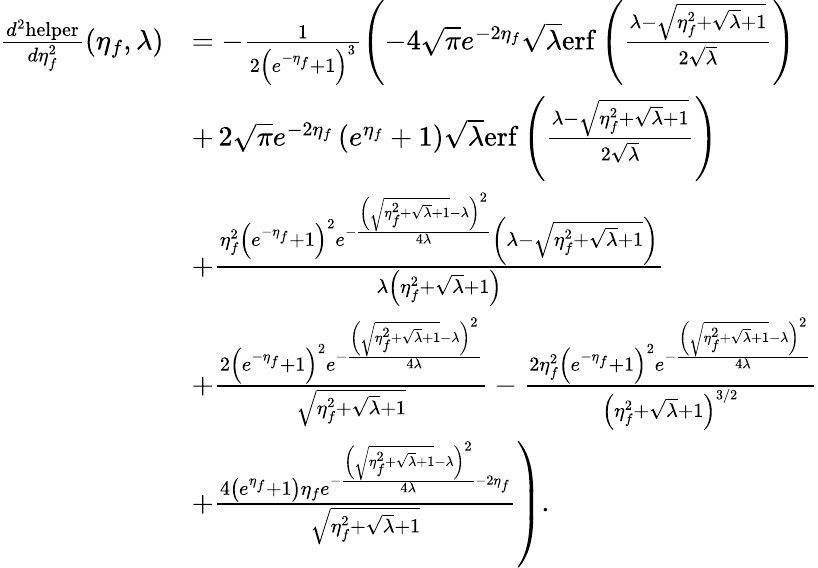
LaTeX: \begin{array}{rl}{\frac{d^{2}\mathrm{helper}}{d\eta_{f}^{2}}(\eta_{f},\lambda)}&{=-\frac{1}{2\left(e^{-\eta_{f}}+1\right)^{3}}\left(-4\sqrt{\pi}e^{-2\eta_{f}}\sqrt{\lambda}\mathrm{erf}\left(\frac{\lambda-\sqrt{\eta_{f}^{2}+\sqrt{\lambda}+1}}{2\sqrt{\lambda}}\right)\right.}\\ &{+\left.2\sqrt{\pi}e^{-2\eta_{f}}\left(e^{\eta_{f}}+1\right)\sqrt{\lambda}\mathrm{erf}\left(\frac{\lambda-\sqrt{\eta_{f}^{2}+\sqrt{\lambda}+1}}{2\sqrt{\lambda}}\right)\right.}\\ &{+\frac{\eta_{f}^{2}\left(e^{-\eta_{f}}+1\right)^{2}e^{-\frac{\left(\sqrt{\eta_{f}^{2}+\sqrt{\lambda}+1}-\lambda\right)^{2}}{4\lambda}}\left(\lambda-\sqrt{\eta_{f}^{2}+\sqrt{\lambda}+1}\right)}{\lambda\left(\eta_{f}^{2}+\sqrt{\lambda}+1\right)}}\\ &{+\frac{2\left(e^{-\eta_{f}}+1\right)^{2}e^{-\frac{\left(\sqrt{\eta_{f}^{2}+\sqrt{\lambda}+1}-\lambda\right)^{2}}{4\lambda}}}{\sqrt{\eta_{f}^{2}+\sqrt{\lambda}+1}}-\frac{2\eta_{f}^{2}\left(e^{-\eta_{f}}+1\right)^{2}e^{-\frac{\left(\sqrt{\eta_{f}^{2}+\sqrt{\lambda}+1}-\lambda\right)^{2}}{4\lambda}}}{\left(\eta_{f}^{2}+\sqrt{\lambda}+1\right)^{3/2}}}\\ &{\left.+\frac{4\left(e^{\eta_{f}}+1\right)\eta_{f}e^{-\frac{\left(\sqrt{\eta_{f}^{2}+\sqrt{\lambda}+1}-\lambda\right)^{2}}{4\lambda}-2\eta_{f}}}{\sqrt{\eta_{f}^{2}+\sqrt{\lambda}+1}}\right).}\end{array}